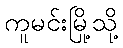
ကူမင်းမြို့သို့